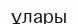
ұлары